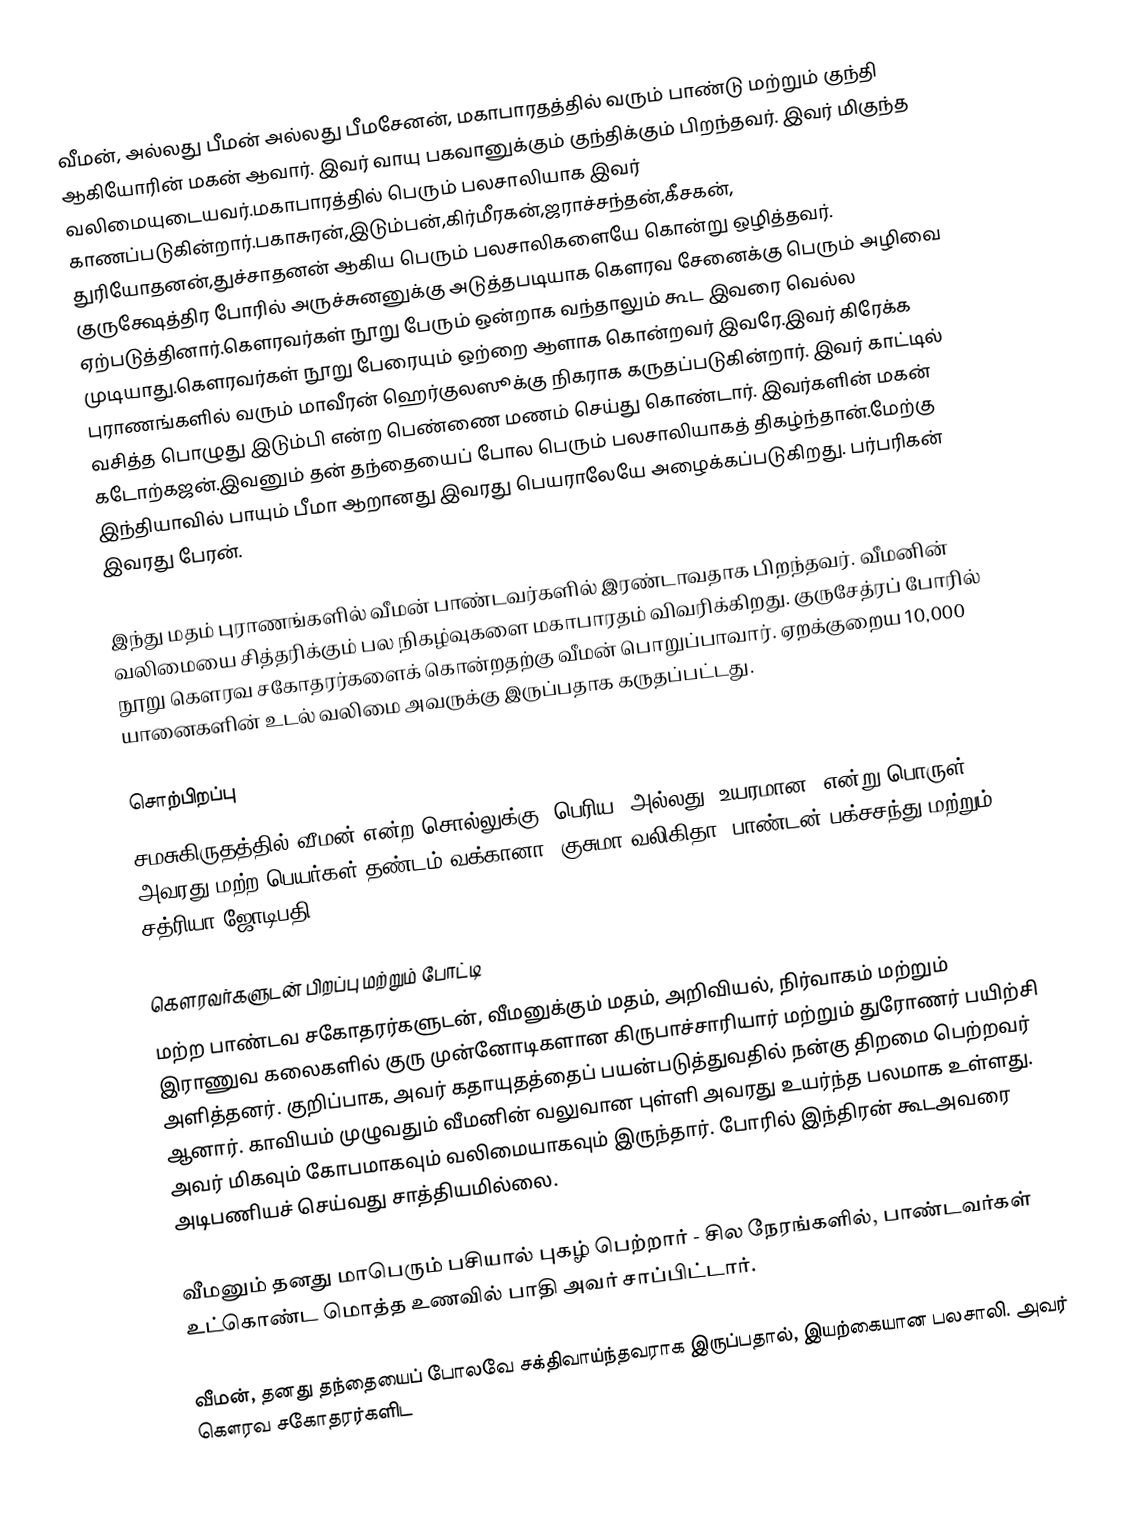
வீமன், அல்லது பீமன் அல்லது பீமசேனன், மகாபாரதத்தில் வரும் பாண்டு மற்றும் குந்தி ஆகியோரின் மகன் ஆவார். இவர் வாயு பகவானுக்கும் குந்திக்கும் பிறந்தவர். இவர் மிகுந்த வலிமையுடையவர்.மகாபாரத்தில் பெரும் பலசாலியாக இவர் காணப்படுகின்றார்.பகாசுரன்,இடும்பன்,கிர்மீரகன்,ஜராச்சந்தன்,கீசகன், துரியோதனன்,துச்சாதனன் ஆகிய பெரும் பலசாலிகளையே கொன்று ஒழித்தவர். குருக்ஷேத்திர போரில் அருச்சுனனுக்கு அடுத்தபடியாக கௌரவ சேனைக்கு பெரும் அழிவை ஏற்படுத்தினார்.கௌரவர்கள் நூறு பேரும் ஒன்றாக வந்தாலும் கூட இவரை வெல்ல முடியாது.கௌரவர்கள் நூறு பேரையும் ஒற்றை ஆளாக கொன்றவர் இவரே.இவர் கிரேக்க புராணங்களில் வரும் மாவீரன் ஹெர்குலஸூக்கு நிகராக கருதப்படுகின்றார். இவர் காட்டில் வசித்த பொழுது இடும்பி என்ற பெண்ணை மணம் செய்து கொண்டார்.  இவர்களின் மகன் கடோற்கஜன்.இவனும் தன் தந்தையைப் போல பெரும் பலசாலியாகத் திகழ்ந்தான்.மேற்கு இந்தியாவில் பாயும் பீமா ஆறானது இவரது பெயராலேயே அழைக்கப்படுகிறது. பர்பரிகன் இவரது பேரன்.

இந்து மதம் புராணங்களில் வீமன் பாண்டவர்களில் இரண்டாவதாக பிறந்தவர். வீமனின் வலிமையை சித்தரிக்கும் பல நிகழ்வுகளை மகாபாரதம் விவரிக்கிறது. குருசேத்ரப் போரில் நூறு கௌரவ சகோதரர்களைக் கொன்றதற்கு வீமன் பொறுப்பாவார். ஏறக்குறைய 10,000 யானைகளின் உடல் வலிமை அவருக்கு இருப்பதாக கருதப்பட்டது.

சொற்பிறப்பு
சமசுகிருதத்தில் வீமன் என்ற சொல்லுக்கு 'பெரிய' அல்லது 'உயரமான' என்று பொருள். அவரது மற்ற பெயர்கள் தண்டம் வக்கானா, குசுமா வலிகிதா, பாண்டன் பக்சசந்து மற்றும் சத்ரியா ஜோடிபதி.

கௌரவர்களுடன் பிறப்பு மற்றும் போட்டி
மற்ற பாண்டவ சகோதரர்களுடன், வீமனுக்கும் மதம், அறிவியல், நிர்வாகம் மற்றும் இராணுவ கலைகளில் குரு முன்னோடிகளான கிருபாச்சாரியார் மற்றும் துரோணர் பயிற்சி அளித்தனர். குறிப்பாக, அவர் கதாயுதத்தைப் பயன்படுத்துவதில் நன்கு திறமை பெற்றவர் ஆனார். காவியம் முழுவதும் வீமனின் வலுவான புள்ளி அவரது உயர்ந்த பலமாக உள்ளது. அவர் மிகவும் கோபமாகவும் வலிமையாகவும் இருந்தார். போரில் இந்திரன் கூடஅவரை அடிபணியச் செய்வது  சாத்தியமில்லை.

வீமனும் தனது மாபெரும் பசியால் புகழ் பெற்றார்   - சில நேரங்களில், பாண்டவர்கள் உட்கொண்ட மொத்த உணவில் பாதி அவர் சாப்பிட்டார்.

வீமன், தனது தந்தையைப் போலவே சக்திவாய்ந்தவராக இருப்பதால், இயற்கையான பலசாலி. அவர் கௌரவ சகோதரர்களிட